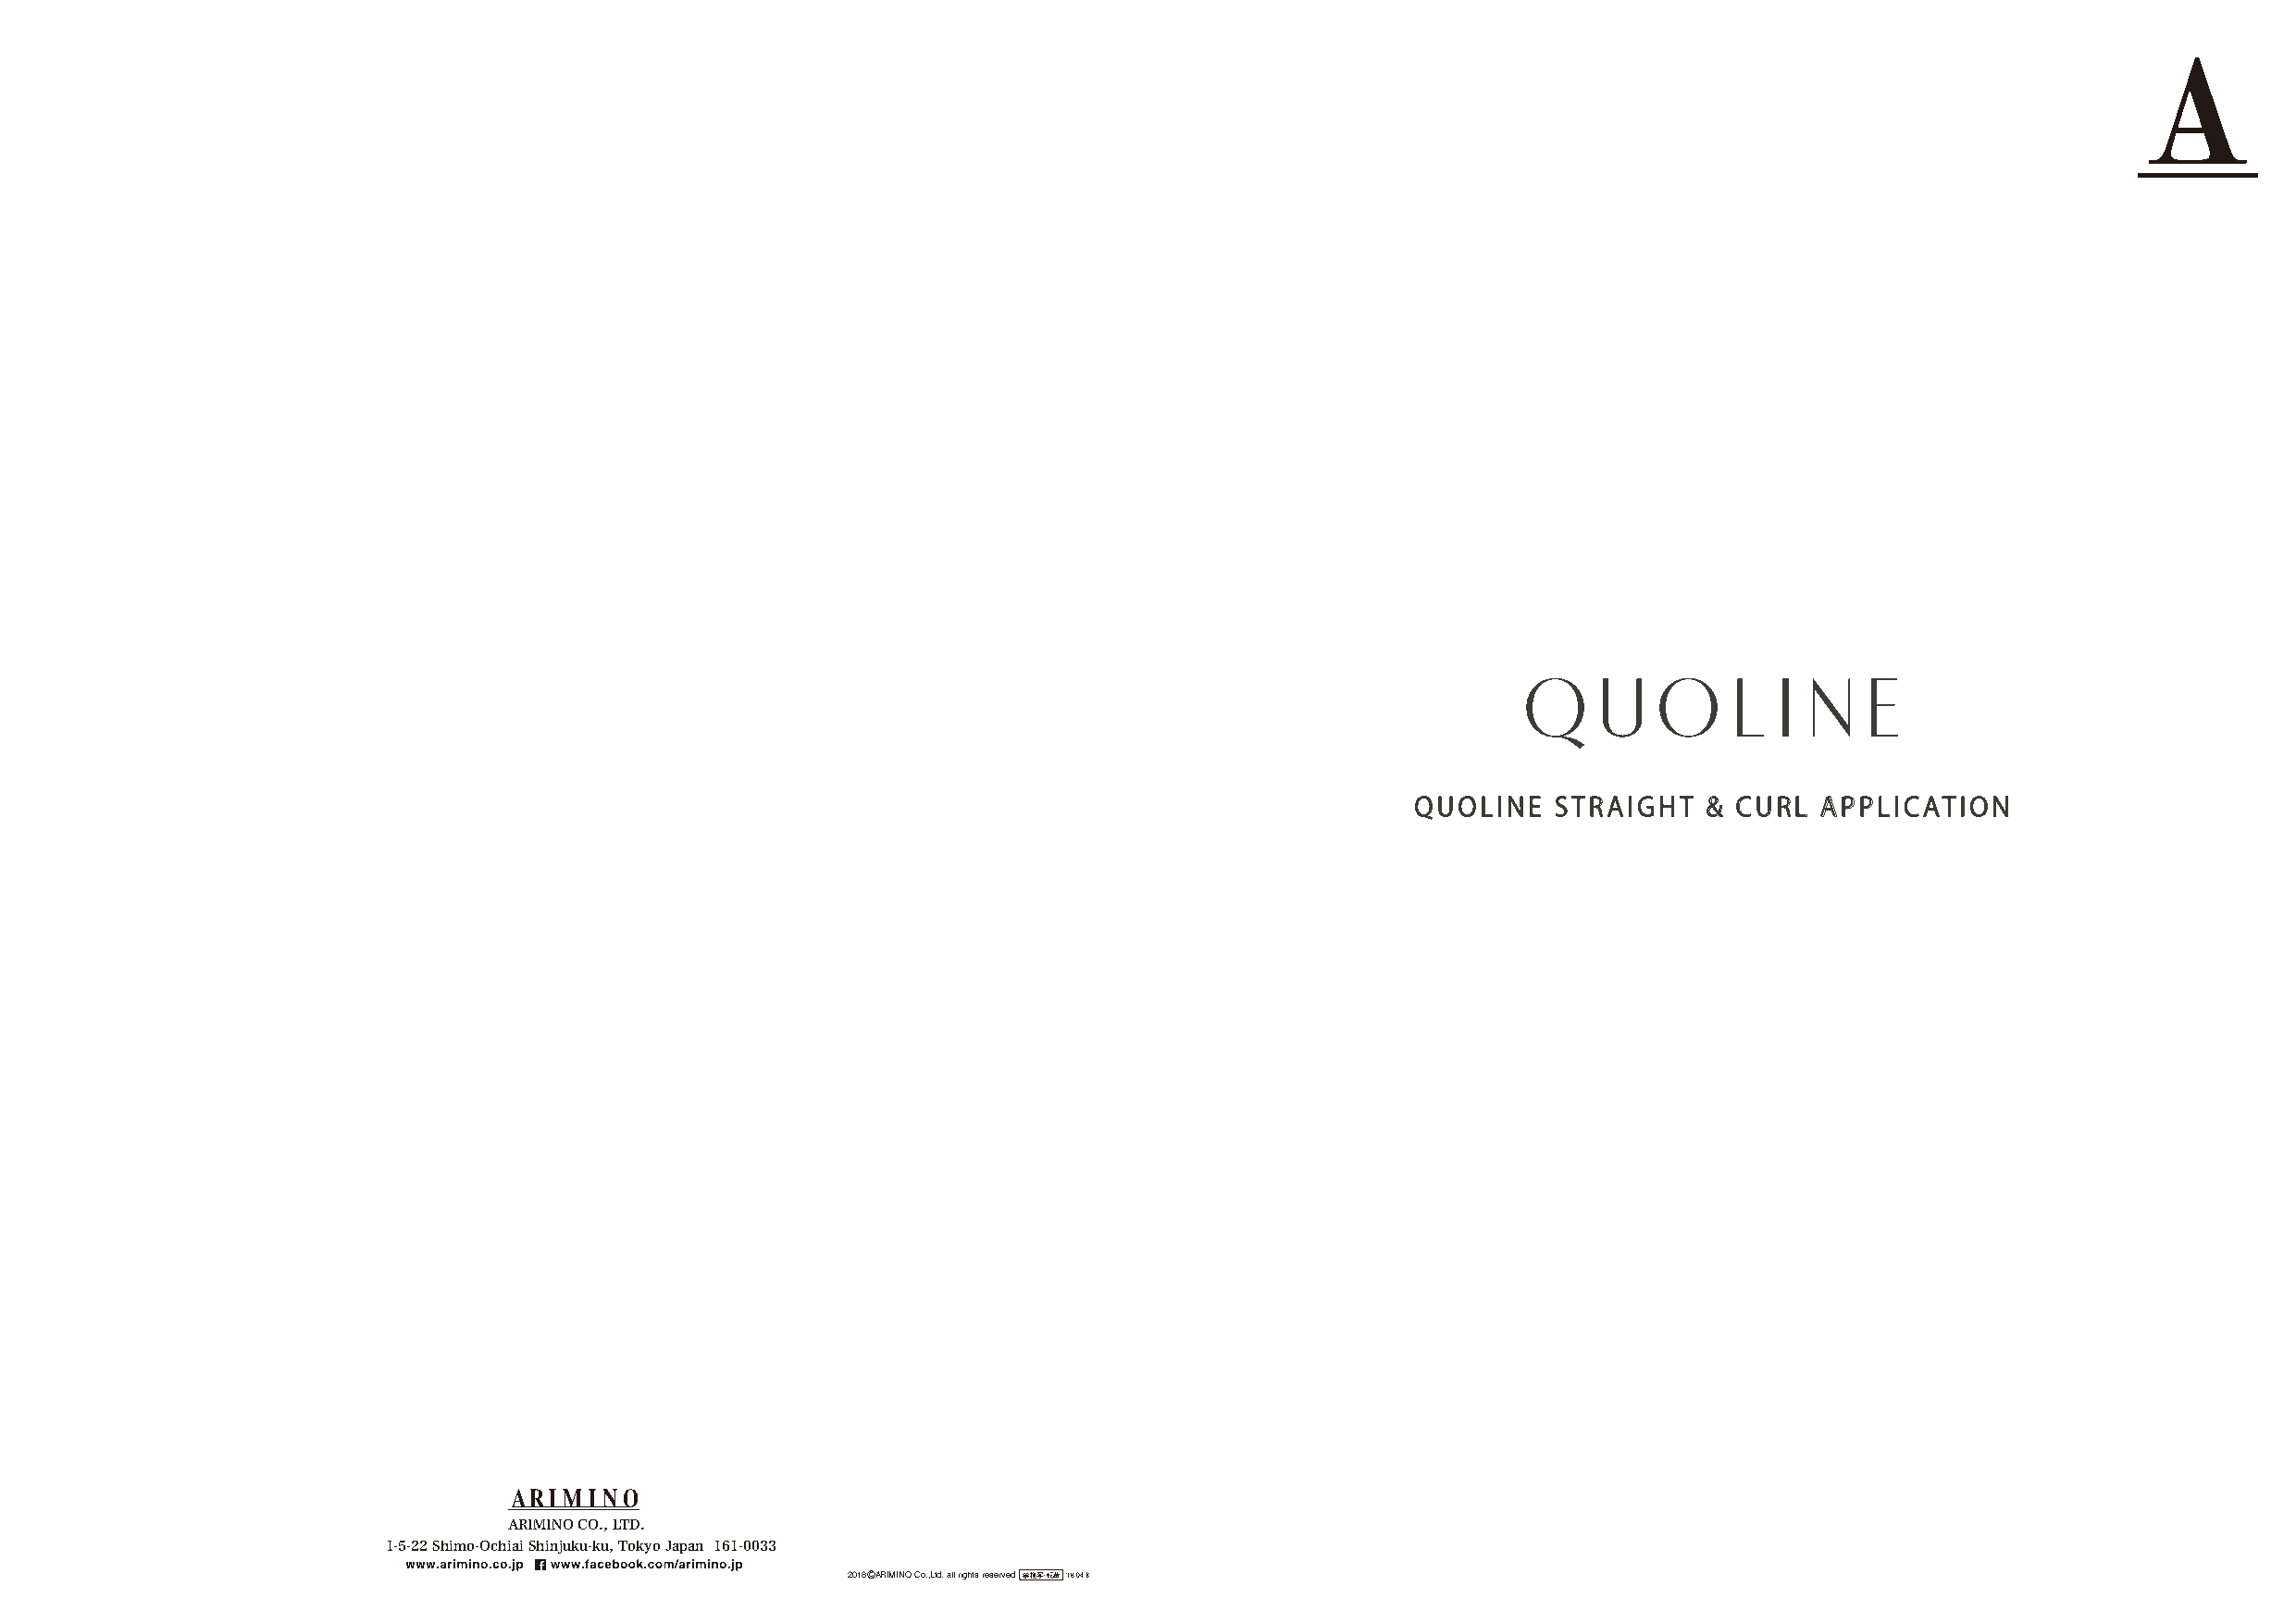
QUOLINE   STRAIGHT   & CURL  APPLICATION
 ARIMINO CO., LTD.
 1-5-22 Shimo-Ochiai Shinjuku-ku, Tokyo Japan 161-0033
 2018 C ARIMINO Co.,Ltd. all rights reserved 禁複写・転載 ʼ18.04.B